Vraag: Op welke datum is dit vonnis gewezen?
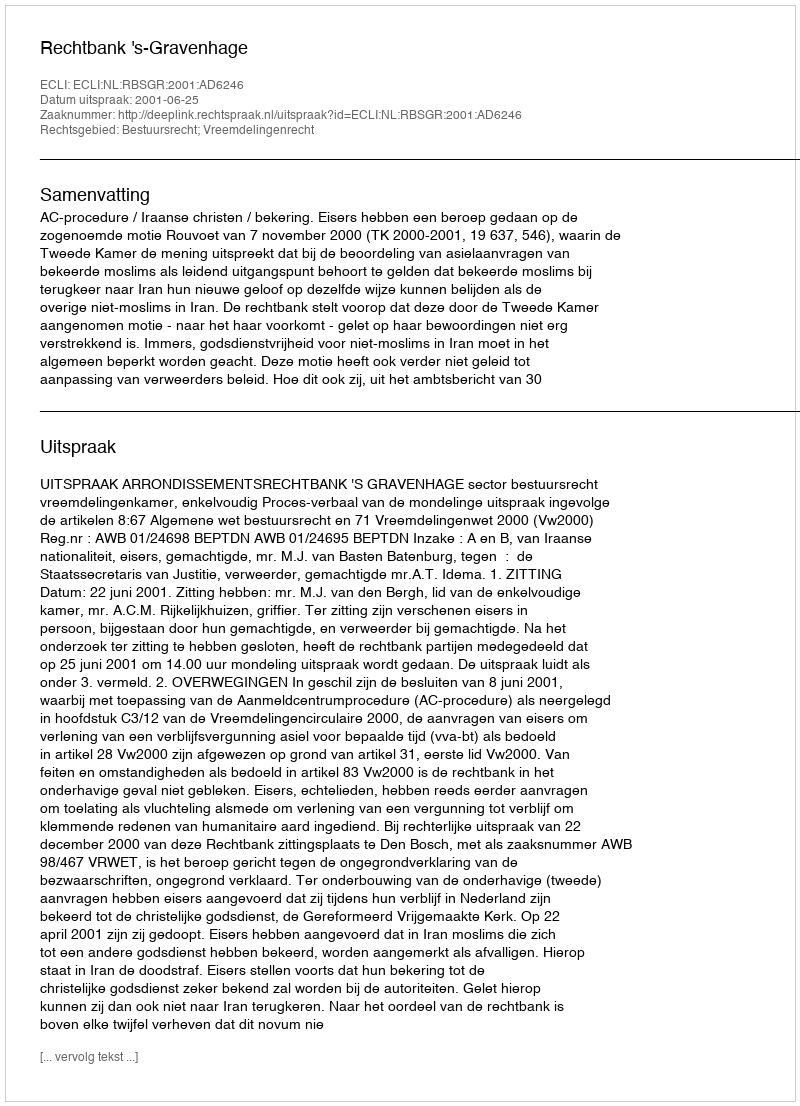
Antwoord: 2001-06-25